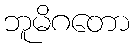
ဘူမိဂတော